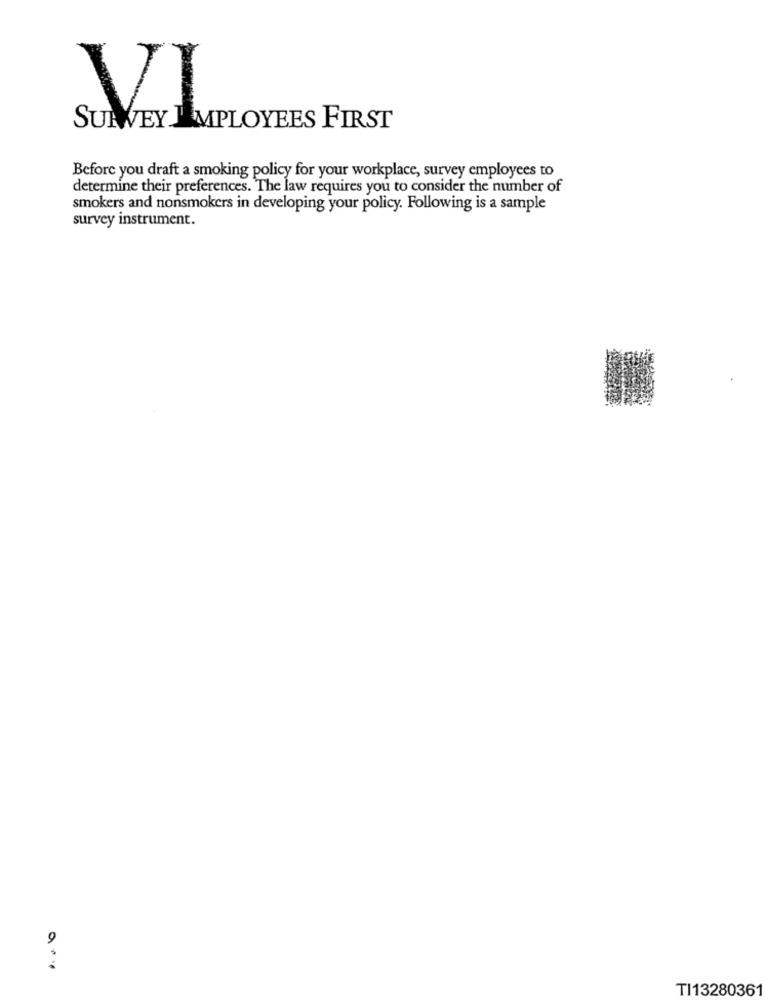
VI
SURVEY EMPLOYEES FIRST
Before you draft a smoking policy for your workplace, survey employees to
determine their preferences. The law requires you to consider the number of
smokers and nonsmokers in developing your policy. Following is a sample
survey instrument.
9
TI13280361